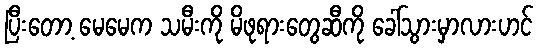
ပြီးတော့ မေမေက သမီးကို မိဖုရားတွေဆီကို ခေါ်သွားမှာလားဟင်